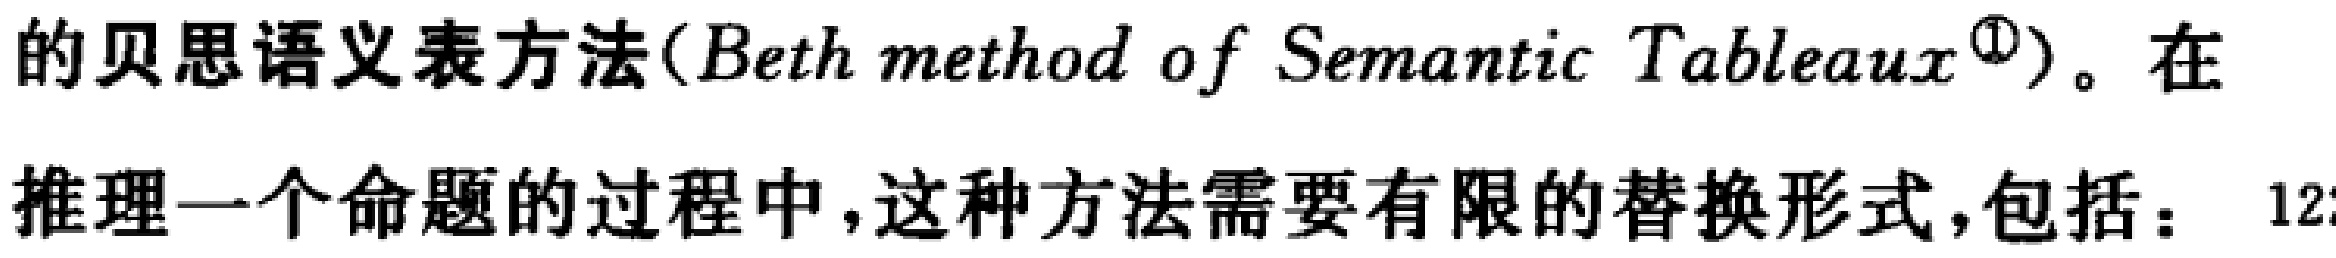
的贝思语义表方法(Beth method of Semantic Tableaux\textsuperscript{\textcircled{1}})。在
推理一个命题的过程中，这种方法需要有限的替换形式，包括： 12